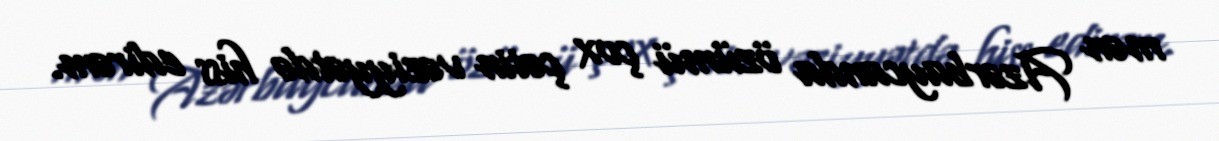
mən Azərbaycanda özümü çox çətin vəziyyətdə hiss edirəm.